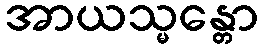
အာယသ္မန္တော